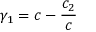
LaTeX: \gamma _ { 1 } = c - \frac { c _ { 2 } } { c }